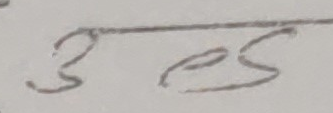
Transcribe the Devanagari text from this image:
उएस